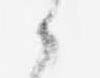
候